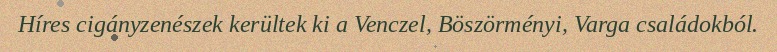
Híres cigányzenészek kerültek ki a Venczel, Böszörményi, Varga családokból.